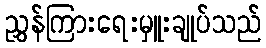
ညွှန်ကြားရေးမှူးချုပ်သည်